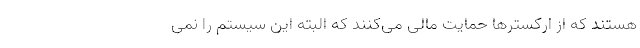
هستند که از ارکسترها حمایت مالی می‌کنند که البته این سیستم را نمی